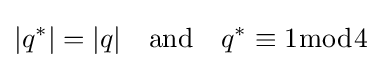
|q^{*}|=|q|\quad {\text{and}}\quad q^{*}\equiv 1{\bmod {4}}